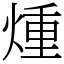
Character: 煄